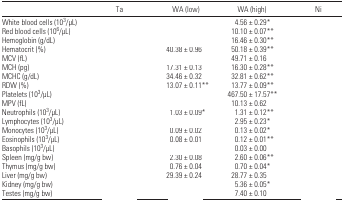
<table><thead><tr><td>[EMPTY_CELL]</td><td><b>Ta</b></td><td><b>WA (low)</b></td><td><b>WA (high)</b></td><td><b>Ni</b></td></tr></thead><tbody><tr><td>White blood cells (10<sup>3</sup>/μL)</td><td>[EMPTY_CELL]</td><td>[EMPTY_CELL]</td><td>4.56 ± 0.29*</td><td>[EMPTY_CELL]</td></tr><tr><td>Red blood cells (10<sup>6</sup>/μL)</td><td>[EMPTY_CELL]</td><td>[EMPTY_CELL]</td><td>10.10 ± 0.07**</td><td>[EMPTY_CELL]</td></tr><tr><td>Hemoglobin (g/dL)</td><td>[EMPTY_CELL]</td><td>[EMPTY_CELL]</td><td>16.46 ± 0.30**</td><td>[EMPTY_CELL]</td></tr><tr><td>Hematocrit (%)</td><td>[EMPTY_CELL]</td><td>40.38 ± 0.96</td><td>50.18 ± 0.39**</td><td>[EMPTY_CELL]</td></tr><tr><td>MCV (fL)</td><td>[EMPTY_CELL]</td><td>[EMPTY_CELL]</td><td>49.71 ± 0.16</td><td>[EMPTY_CELL]</td></tr><tr><td>MCH (pg)</td><td>[EMPTY_CELL]</td><td>17.31 ± 0.13</td><td>16.30 ± 0.28**</td><td>[EMPTY_CELL]</td></tr><tr><td>MCHC (g/dL)</td><td>[EMPTY_CELL]</td><td>34.46 ± 0.32</td><td>32.81 ± 0.62**</td><td>[EMPTY_CELL]</td></tr><tr><td>RDW (%)</td><td>[EMPTY_CELL]</td><td>13.07 ± 0.11**</td><td>13.77 ± 0.09**</td><td>[EMPTY_CELL]</td></tr><tr><td>Platelets (10<sup>3</sup>/μL)</td><td>[EMPTY_CELL]</td><td>[EMPTY_CELL]</td><td>467.50 ± 17.57**</td><td>[EMPTY_CELL]</td></tr><tr><td>MPV (fL)</td><td>[EMPTY_CELL]</td><td>[EMPTY_CELL]</td><td>10.13 ± 0.62</td><td>[EMPTY_CELL]</td></tr><tr><td>Neutrophils (10<sup>3</sup>/μL)</td><td>[EMPTY_CELL]</td><td>1.03 ± 0.09*</td><td>1.31 ± 0.12**</td><td>[EMPTY_CELL]</td></tr><tr><td>Lymphocytes (10<sup>3</sup>/μL)</td><td>[EMPTY_CELL]</td><td>[EMPTY_CELL]</td><td>2.95 ± 0.23*</td><td>[EMPTY_CELL]</td></tr><tr><td>Monocytes (10<sup>3</sup>/μL)</td><td>[EMPTY_CELL]</td><td>0.09 ± 0.02</td><td>0.13 ± 0.02*</td><td>[EMPTY_CELL]</td></tr><tr><td>Eosinophils (10<sup>3</sup>/μL)</td><td>[EMPTY_CELL]</td><td>0.08 ± 0.01</td><td>0.12 ± 0.01**</td><td>[EMPTY_CELL]</td></tr><tr><td>Basophils (10<sup>3</sup>/μL)</td><td>[EMPTY_CELL]</td><td>[EMPTY_CELL]</td><td>0.03 ± 0.00</td><td>[EMPTY_CELL]</td></tr><tr><td>Spleen (mg/g bw)</td><td>[EMPTY_CELL]</td><td>2.30 ± 0.08</td><td>2.60 ± 0.06**</td><td>[EMPTY_CELL]</td></tr><tr><td>Thymus (mg/g bw)</td><td>[EMPTY_CELL]</td><td>0.76 ± 0.04</td><td>0.70 ± 0.04*</td><td>[EMPTY_CELL]</td></tr><tr><td>Liver (mg/g bw)</td><td>[EMPTY_CELL]</td><td>29.39 ± 0.24</td><td>28.77 ± 0.35</td><td>[EMPTY_CELL]</td></tr><tr><td>Kidney (mg/g bw)</td><td>[EMPTY_CELL]</td><td>[EMPTY_CELL]</td><td>5.36 ± 0.05*</td><td>[EMPTY_CELL]</td></tr><tr><td>Testes (mg/g bw)</td><td>[EMPTY_CELL]</td><td>[EMPTY_CELL]</td><td>7.40 ± 0.10</td><td>[EMPTY_CELL]</td></tr></tbody></table>